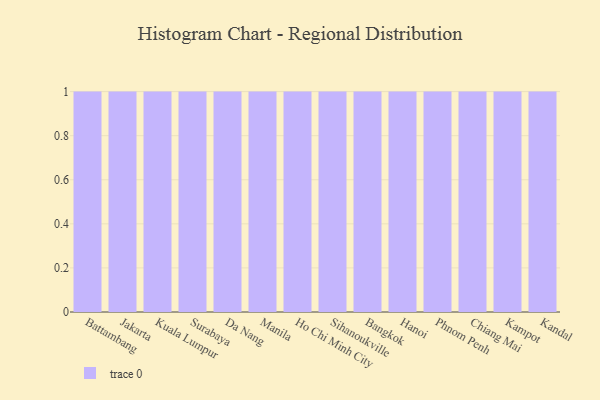
{"axis": {"x": "City", "y": "Website Visitors"}, "legend": [""], "data": [{"x": "Battambang", "y": 53, "type": ""}, {"x": "Jakarta", "y": 80, "type": ""}, {"x": "Kuala Lumpur", "y": 55, "type": ""}, {"x": "Surabaya", "y": 34, "type": ""}, {"x": "Da Nang", "y": 10, "type": ""}, {"x": "Manila", "y": 58, "type": ""}, {"x": "Ho Chi Minh City", "y": 64, "type": ""}, {"x": "Sihanoukville", "y": 81, "type": ""}, {"x": "Bangkok", "y": 64, "type": ""}, {"x": "Hanoi", "y": 94, "type": ""}, {"x": "Phnom Penh", "y": 21, "type": ""}, {"x": "Chiang Mai", "y": 91, "type": ""}, {"x": "Kampot", "y": 7, "type": ""}, {"x": "Kandal", "y": 61, "type": ""}]}